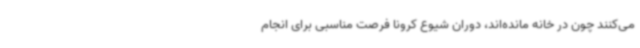
می‌کنند چون در خانه مانده‌اند، دوران شیوع کرونا فرصت مناسبی برای انجام